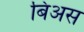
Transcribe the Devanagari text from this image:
बिअस